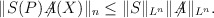
\begin{align*}\|S(P) \! \not\!\! A(X)\|_n \le \|S\|_{L^n}\|\! \not\!\! A\|_{L^n}.\end{align*}